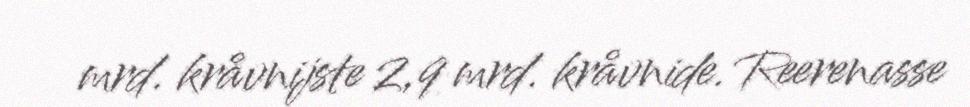
mrd. kråvnijste 2,9 mrd. kråvnide. Reerenasse